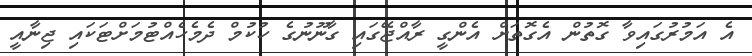
އެ އަމުރުގައިވާ ގޮތުން އެގޮތަށް އެންގީ ރާއްޖޭގައި ގާނޫނުގެ ހުކުމް ދެމެހެއްޓުމަށްޓަކައި ޖިނާއީ